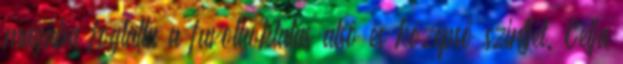
magába foglalta a fuvolaoktatás alsó és középső szintjét. Célja